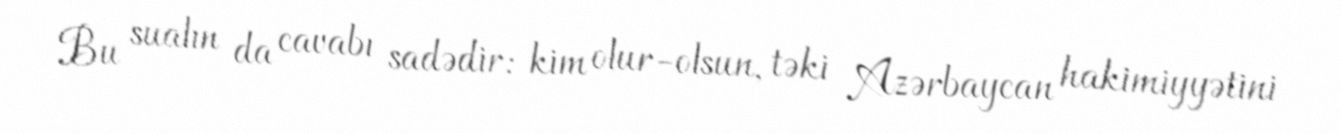
Bu sualın da cavabı sadədir: kim olur-olsun, təki Azərbaycan hakimiyyətini